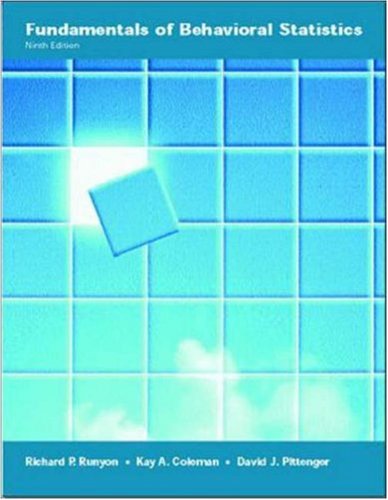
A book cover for Fundamentals of Behavioral Statistics; Richard Runyon; Medical Books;